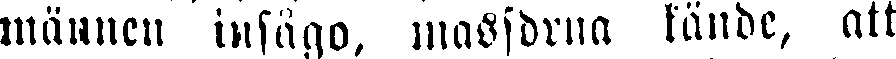
männen insågo, massorna kände, att